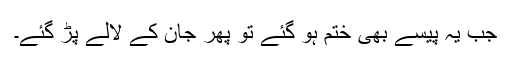
جب یہ پیسے بھی ختم ہو گئے تو پھر جان کے لالے پڑ گئے۔